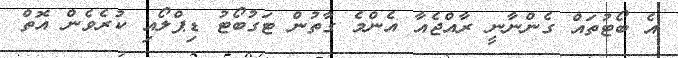
އެ ބޯޓުތައް ގެންނާނީ ރާއްޖެއާ އެންމެ ގާތުން ޓަގުބޯޓު ޑިޕްލޯއި ކުރެވެން އޮތް